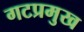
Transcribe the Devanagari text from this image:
गटप्रमुख